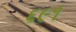
૬૯૧